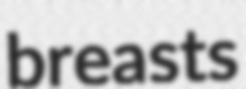
breasts